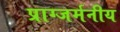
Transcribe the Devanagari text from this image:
प्राग्जर्मनीय